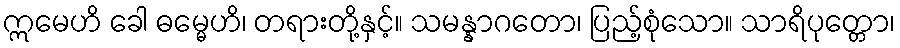
ဣမေဟိ ခေါ ဓမ္မေဟိ၊ တရားတို့နှင့်။ သမန္နာဂတော၊ ပြည့်စုံသော။ သာရိပုတ္တော၊